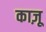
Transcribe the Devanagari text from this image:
काज़ू